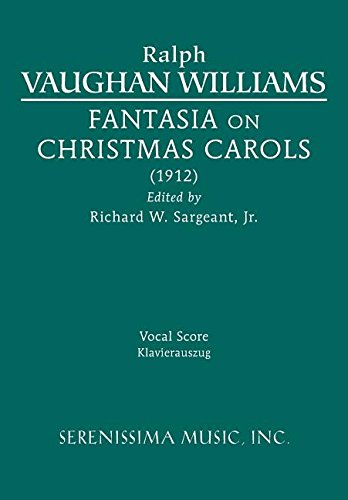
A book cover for Fantasia on Christmas Carols: Vocal Score; Ralph Vaughan Williams; Humor & Entertainment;